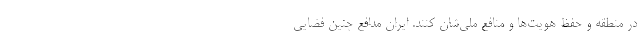
در منطقه و حفظ هویت‌ها و منافع ملی‌شان کنند. ایران مدافع چنین فضایی